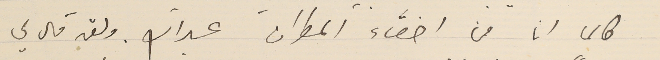
طالما انا من اخصّاء المطران عبدالله. ولقد قال لي